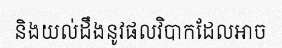
និងយល់ដឹងនូវផលវិបាកដែលអាច